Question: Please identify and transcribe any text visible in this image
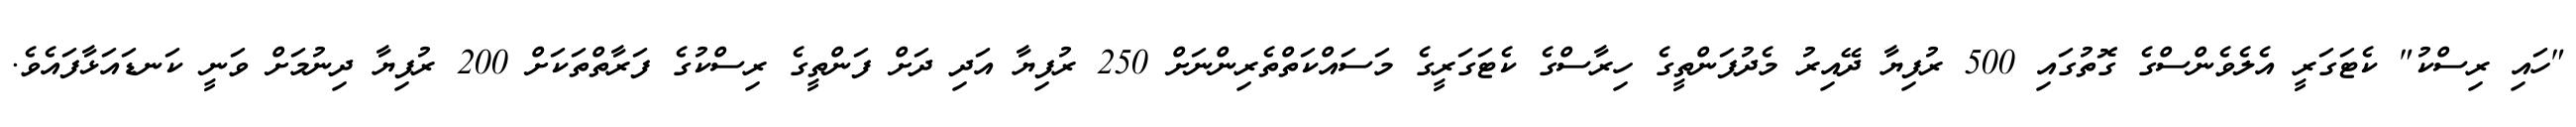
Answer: "ހައި ރިސްކު" ކެޓަގަރީ އެލެވެންސްގެ ގޮތުގައި 500 ރުފިޔާ ދޭއިރު މެދުފަންތީގެ ހިރާސްގެ ކެޓަގަރީގެ މަސައްކަތްތެރިންނަށް 250 ރުފިޔާ އަދި ދަށް ފަންތީގެ ރިސްކުގެ ފަރާތްތަކަށް 200 ރުފިޔާ ދިނުމަށް ވަނީ ކަނޑައަޅާފައެވެ.